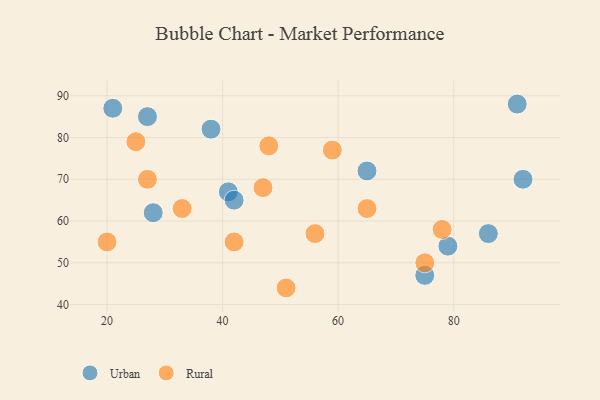
{"axis": {"x": "GDP", "y": "Life Expectancy"}, "legend": ["Rural", "Urban"], "data": [{"x": "21", "y": 87, "type": "Urban"}, {"x": "28", "y": 62, "type": "Urban"}, {"x": "41", "y": 67, "type": "Urban"}, {"x": "75", "y": 47, "type": "Urban"}, {"x": "38", "y": 82, "type": "Urban"}, {"x": "86", "y": 57, "type": "Urban"}, {"x": "65", "y": 72, "type": "Urban"}, {"x": "42", "y": 65, "type": "Urban"}, {"x": "91", "y": 88, "type": "Urban"}, {"x": "79", "y": 54, "type": "Urban"}, {"x": "92", "y": 70, "type": "Urban"}, {"x": "27", "y": 85, "type": "Urban"}, {"x": "33", "y": 63, "type": "Rural"}, {"x": "51", "y": 44, "type": "Rural"}, {"x": "59", "y": 77, "type": "Rural"}, {"x": "75", "y": 50, "type": "Rural"}, {"x": "20", "y": 55, "type": "Rural"}, {"x": "78", "y": 58, "type": "Rural"}, {"x": "56", "y": 57, "type": "Rural"}, {"x": "48", "y": 78, "type": "Rural"}, {"x": "25", "y": 79, "type": "Rural"}, {"x": "27", "y": 70, "type": "Rural"}, {"x": "47", "y": 68, "type": "Rural"}, {"x": "42", "y": 55, "type": "Rural"}, {"x": "65", "y": 63, "type": "Rural"}]}